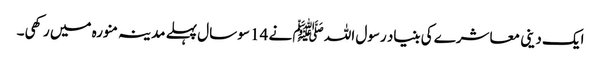
ایک دینی معاشرے کی بنیاد رسول اللہ ﷺ نے 14 سو سال پہلے مدینہ منورہ میں رکھی۔